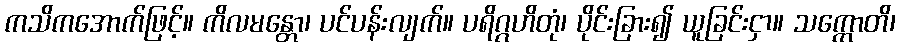
ကသိကအောက်ဖြင့်။ ကိလမန္တော၊ ပင်ပန်းလျက်။ ပရိဂ္ဂဟိတုံ၊ ပိုင်းခြား၍ ယူခြင်းငှာ။ သက္ကောတိ၊